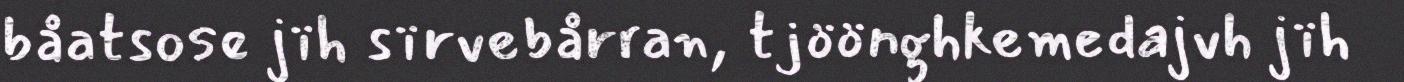
båatsose jïh sïrvebårran, tjöönghkemedajvh jïh